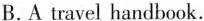
B A ruel ravel handbook.